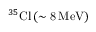
^ { 3 5 } \mathrm { C l } \, ( \mathrm { \sim 8 \, M e V ) }